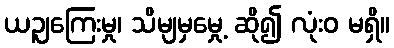
ယဉျကြေးမှု၊ သိမျမှမှေု့ ဆို၍ လုံးဝ မရှိ။